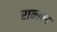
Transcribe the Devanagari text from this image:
रानाला